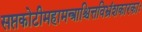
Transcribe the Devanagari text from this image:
सप्तकोटीमहामन्त्राश्चित्तविभ्रंशकारकाः